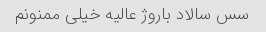
سس سالاد باروژ عالیه خیلی ممنونم